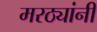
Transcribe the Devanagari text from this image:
मरठ्यांनी